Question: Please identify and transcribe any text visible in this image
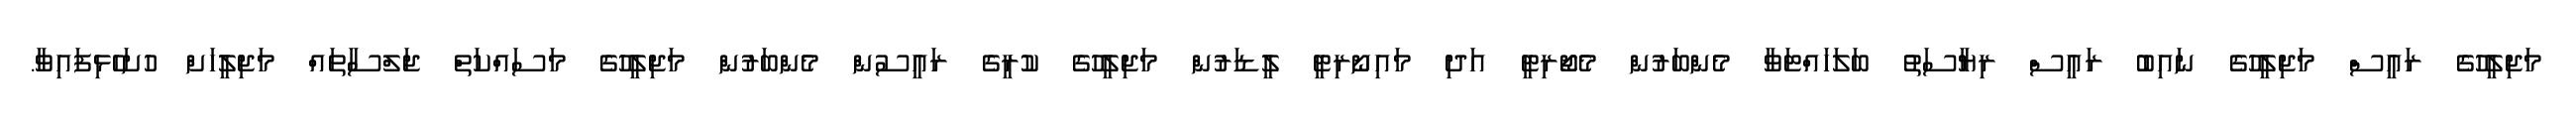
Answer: މަޖިލީހުގެ ރައީސް މަޖިލީހުގެ ނައިބު ރައީސް ރިޔާސަތު ބަލަހައްޓަވާ މެންބަރުން މެޖޯރިޓީ އަދި މައިނޯރިޓީ ލީޑަރުން މަޖިލީހުގެ ކުރީގެ ރައީސުން މެންބަރުން މަޖިލީހުގެ މަސައްކަތް ޖަލްސާތައް މަޖިލީހަށް ހުށަހެޅިފައިވާ.